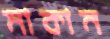
মাকান